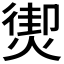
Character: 𤎇